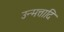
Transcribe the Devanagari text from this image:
उन्मत्तादि